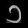
Digit: ၁